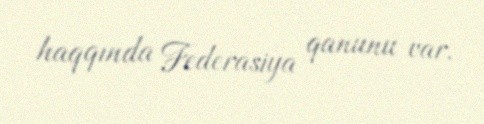
haqqında Federasiya qanunu var.